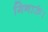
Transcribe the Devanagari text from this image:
गिनाऊं।